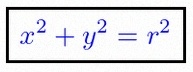
x^2+y^2=r^2